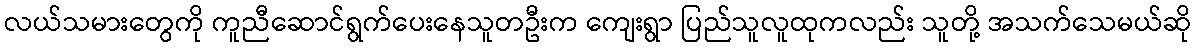
လယ်သမားတွေကို ကူညီဆောင်ရွက်ပေးနေသူတဦးက ကျေးရွာ ပြည်သူလူထုကလည်း သူတို့ အသက်သေမယ်ဆို